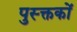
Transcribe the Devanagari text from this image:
पुस्क्तकों